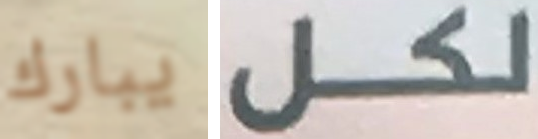
يبارك لكل